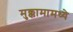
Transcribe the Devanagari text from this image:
मुक्कामामध्ये